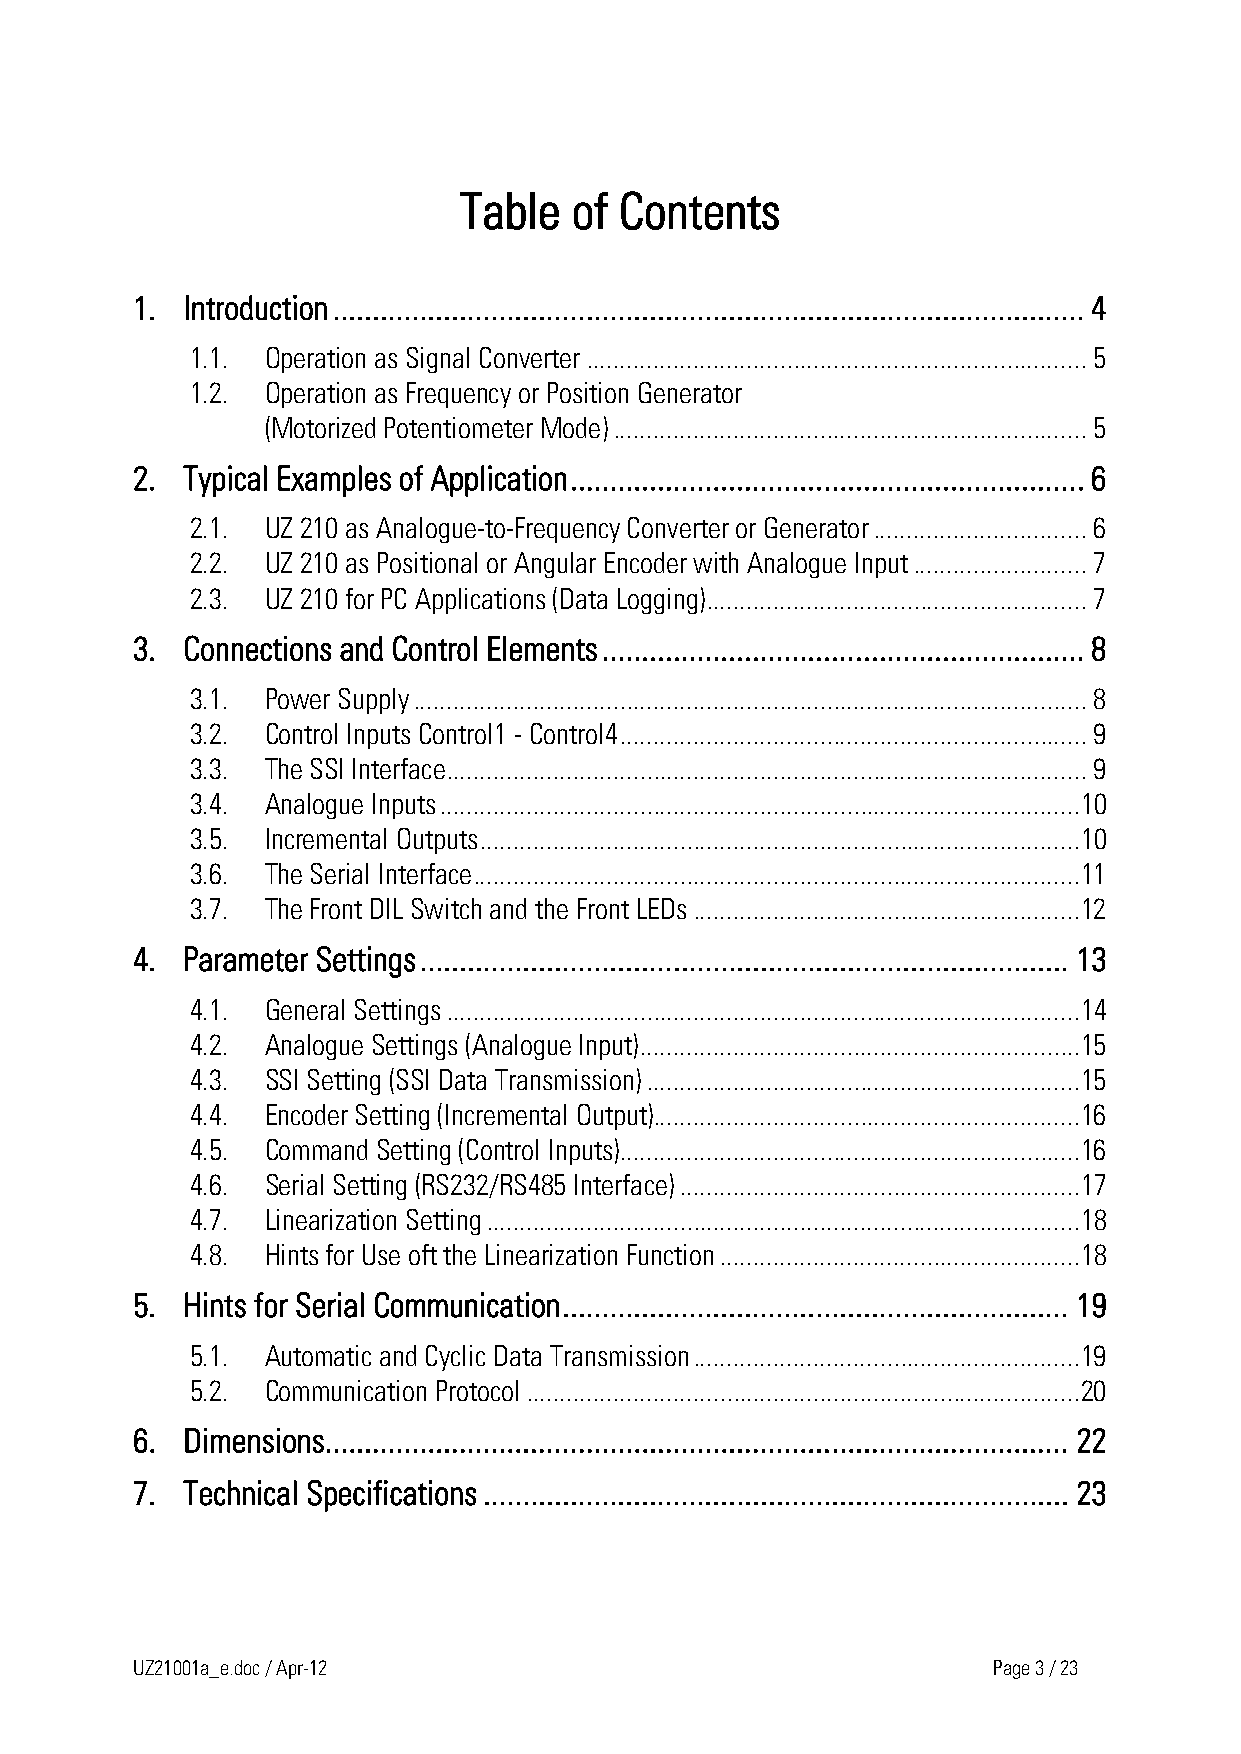
Table   of Contents
 1. Introduction ............................................................................................... 4
 1.1. Operation as Signal Converter ........................................................................... 5
 1.2. Operation as Frequency or Position Generator
 (Motorized Potentiometer Mode) ....................................................................... 5
 2. Typical Examples of Application ................................................................. 6
 2.1. UZ 210 as Analogue-to-Frequency Converter or Generator ................................ 6
 2.2. UZ 210 as Positional or Angular Encoder with Analogue Input .......................... 7
 2.3. UZ 210 for PC Applications (Data Logging) ......................................................... 7
 3. Connections and Control Elements ............................................................. 8
 3.1. Power Supply ..................................................................................................... 8
 3.2. Control Inputs Control1 - Control4 ...................................................................... 9
 3.3. The SSI Interface ................................................................................................ 9
 3.4. Analogue Inputs ................................................................................................10
 3.5. Incremental Outputs ..........................................................................................10
 3.6. The Serial Interface ...........................................................................................11
 3.7. The Front DIL Switch and the Front LEDs ..........................................................12
 4. Parameter Settings .................................................................................. 13
 4.1. General Settings ...............................................................................................14
 4.2. Analogue Settings (Analogue Input) ..................................................................15
 4.3. SSI Setting (SSI Data Transmission) .................................................................15
 4.4. Encoder Setting (Incremental Output)................................................................16
 4.5. Command Setting (Control Inputs) .....................................................................16
 4.6. Serial Setting (RS232/RS485 Interface) ............................................................17
 4.7. Linearization Setting .........................................................................................18
 4.8. Hints for Use oft the Linearization Function ......................................................18
 5. Hints for Serial Communication ................................................................ 19
 5.1. Automatic and Cyclic Data Transmission ..........................................................19
 5.2. Communication Protocol ...................................................................................20
 6. Dimensions .............................................................................................. 22
 7. Technical Specifications .......................................................................... 23
 UZ21001a_e.doc / Apr-12                                  Page 3 / 23